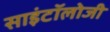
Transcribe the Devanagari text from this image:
साइंटॉलोजी